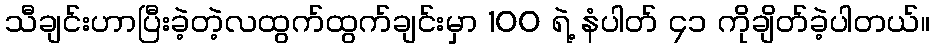
သီချင်းဟာပြီးခဲ့တဲ့လထွက်ထွက်ချင်းမှာ 100 ရဲ့ နံပါတ် ၄၁ ကိုချိတ်ခဲ့ပါတယ်။